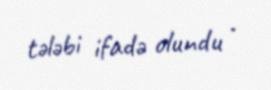
tələbi ifadə olundu .